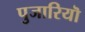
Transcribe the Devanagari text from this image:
पुजारियॊ